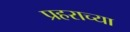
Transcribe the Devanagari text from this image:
प्रहराच्या